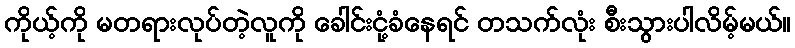
ကိုယ့်ကို မတရားလုပ်တဲ့လူကို ခေါင်းငုံ့ခံနေရင် တသက်လုံး စီးသွားပါလိမ့်မယ်။